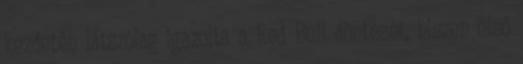
kezdetén látszólag igazolta a Red Bull döntését, hiszen első